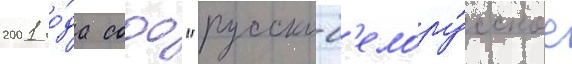
2001 го́да сооо "русско-б'елору́сское